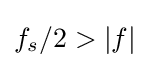
f_{s}/2>|f|